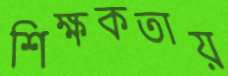
শিক্ষকতায়